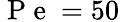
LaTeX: \mathrm{~P~e~}=50